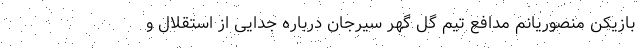
بازیکن منصوریانم مدافع تیم گل گهر سیرجان درباره جدایی از استقلال و